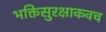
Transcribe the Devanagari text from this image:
भक्तिसुरक्षाकवच